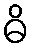
ဓိ